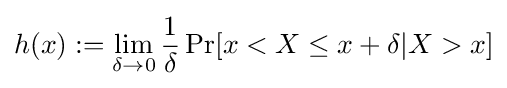
h(x):=\lim _{\delta \to 0}{\frac {1}{\delta }}\Pr[x<X\leq x+\delta |X>x]